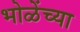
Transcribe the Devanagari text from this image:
भोळेंच्या